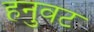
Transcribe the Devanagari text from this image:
हनुवट